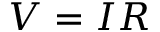
V = I R